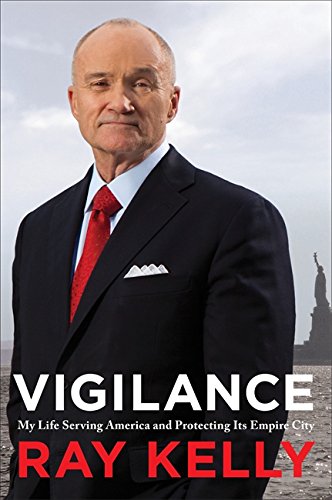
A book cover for Vigilance: My Life Serving America and Protecting Its Empire City; Ray Kelly; Biographies & Memoirs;